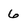
Character: 6